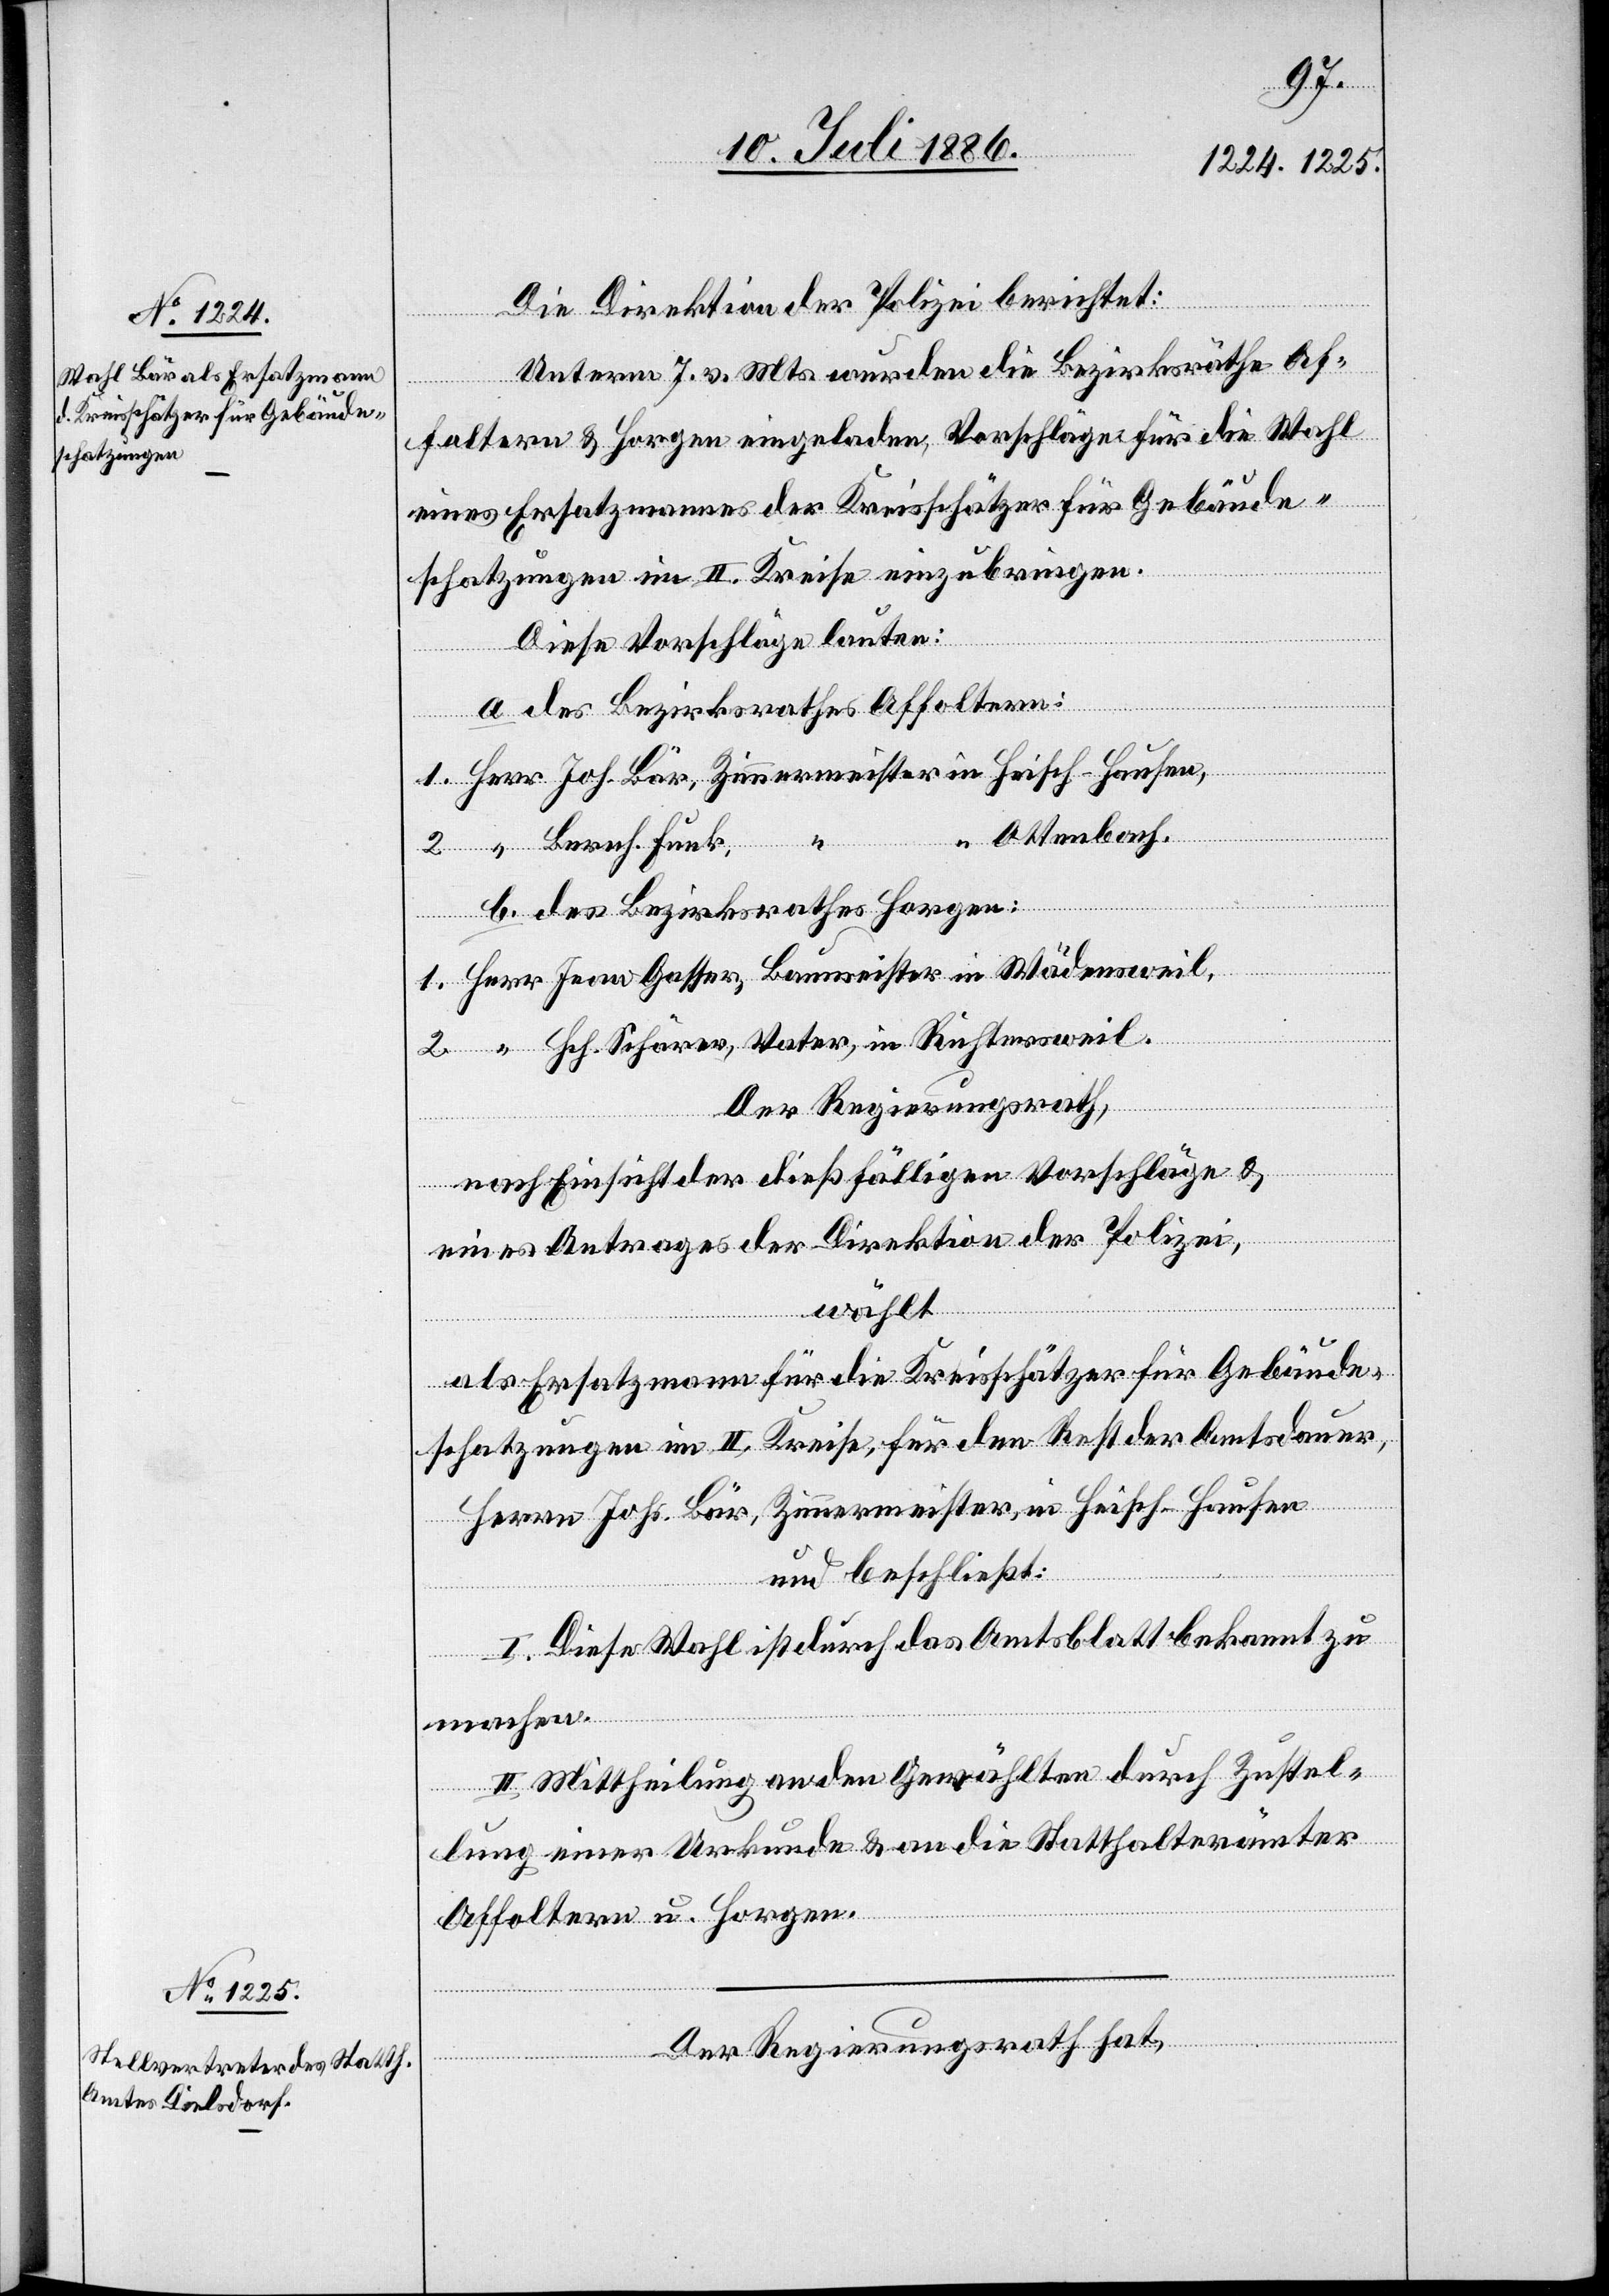
Richter¬
Die Direktion der Polizei berichtet:
Unterm 7. v. Mts. wurden die Bezirksräthe Af¬
foltern & Horgen eingeladen, Vorschläge für die Wahl
eines Ersatzmannes der Kreisschätzer für Gebäude¬
schatzungen im II. Kreise einzubringen,
Diese Vorschläge lauten:
a. des Bezirksrathes Affoltern:
Vater,
Ottenbach.
Baumeister
b. des Bezirksrathes Horgen:
Der Regierungsrath,
in
nach Einsicht der dießfälligen Vorschläge &
sweil.
eines Antrages der Direktion der Polizei,
wählt
als Ersatzmann für die Kreisschätzer für Gebäude¬
schatzungen im II. Kriese, für den Rest der Amtsdauer,
Herrn Johs. Bär, Zimmermeister, in Heisch - Hausen
und beschließt:
I. Diese Wahl ist durch das Amtsblatt bekannt zu
machen.
II. Mittheilung an den Gewählten durch Zustel¬
rer
lung einer Urkunde & an die Statthalterämter
Affoltern u. Horgen.
Der Regierungsrath hat,